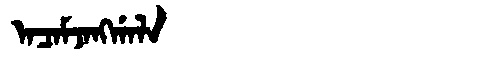
Manchu: ᠠᠴᠠᠮᠵᠠᠩᡤᠠᠯᠠ
Romanization: ACAMJANGGALA